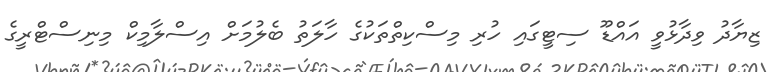
ޒިޔާދު ވިދާޅުވީ އައްޑޫ ސިޓީގައި ހުރި މިސްކިތްތަކުގެ ހާލަތު ބެލުމަށް އިސްލާމިކް މިނިސްޓްރީގެ